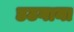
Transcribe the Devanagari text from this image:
डटगाना